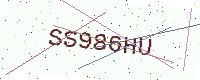
Text: SS986HU